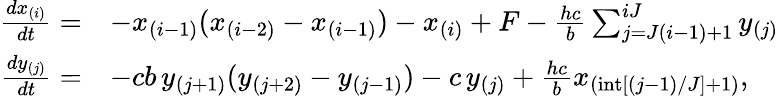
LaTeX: \begin{array}{rl}{\frac{dx_{(i)}}{dt}=}&{-x_{(i-1)}(x_{(i-2)}-x_{(i-1)})-x_{(i)}+F-\frac{hc}{b}\sum_{j=J(i-1)+1}^{iJ}y_{(j)}}\\ {\frac{dy_{(j)}}{dt}=}&{-cb\, y_{(j+1)}(y_{(j+2)}-y_{(j-1)})-c\, y_{(j)}+\frac{hc}{b}x_{(\mathrm{int}[(j-1)/J]+1)},}\end{array}